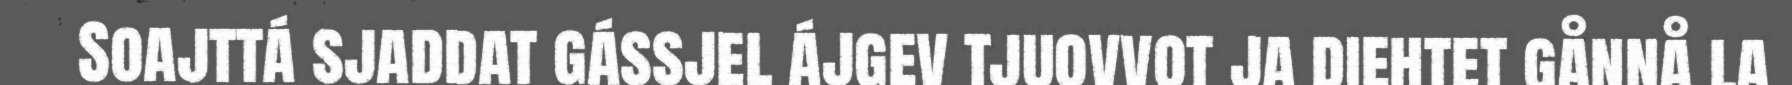
Soajttá sjaddat gássjel ájgev tjuovvot ja diehtet gånnå la